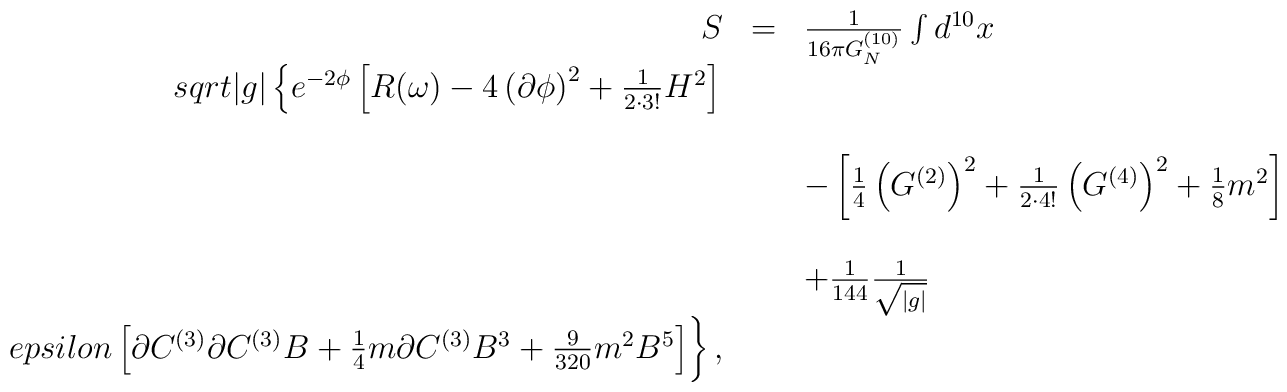
\begin{array}{rcl}S & = &\frac{1}{16\pi G_{N}^{(10)}} \int d^{10}x\\sqrt{|g|} \left\{ e^{-2\phi}\left[ R(\omega) -4\left( \partial\phi\right)^{2}+{\textstyle\frac{1}{2\cdot 3!}} H^{2}\right]\right.\\& & \\& & - \left[{\textstyle\frac{1}{4}} \left( G^{(2)} \right)^{2}+{\textstyle\frac{1}{2\cdot 4!}} \left( G^{(4)}\right)^{2}+{\textstyle\frac{1}{8}}m^{2} \right]\\& & \\& & +{\textstyle\frac{1}{144}} \frac{1}{\sqrt{|g|}}\\epsilon \left[\partial C^{(3)}\partial C^{(3)} B+{\textstyle\frac{1}{4}}m\partial C^{(3)} B^{3}+{\textstyle\frac{9}{320}}m^{2} B^{5}\right]\biggr \}\, ,\end{array}